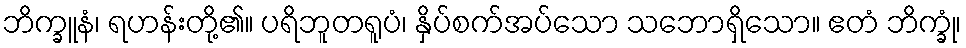
ဘိက္ခူနံ၊ ရဟန်းတို့၏။ ပရိဘူတရူပံ၊ နှိပ်စက်အပ်သော သဘောရှိသော။ ဧတံ ဘိက္ခုံ၊